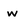
Character: w